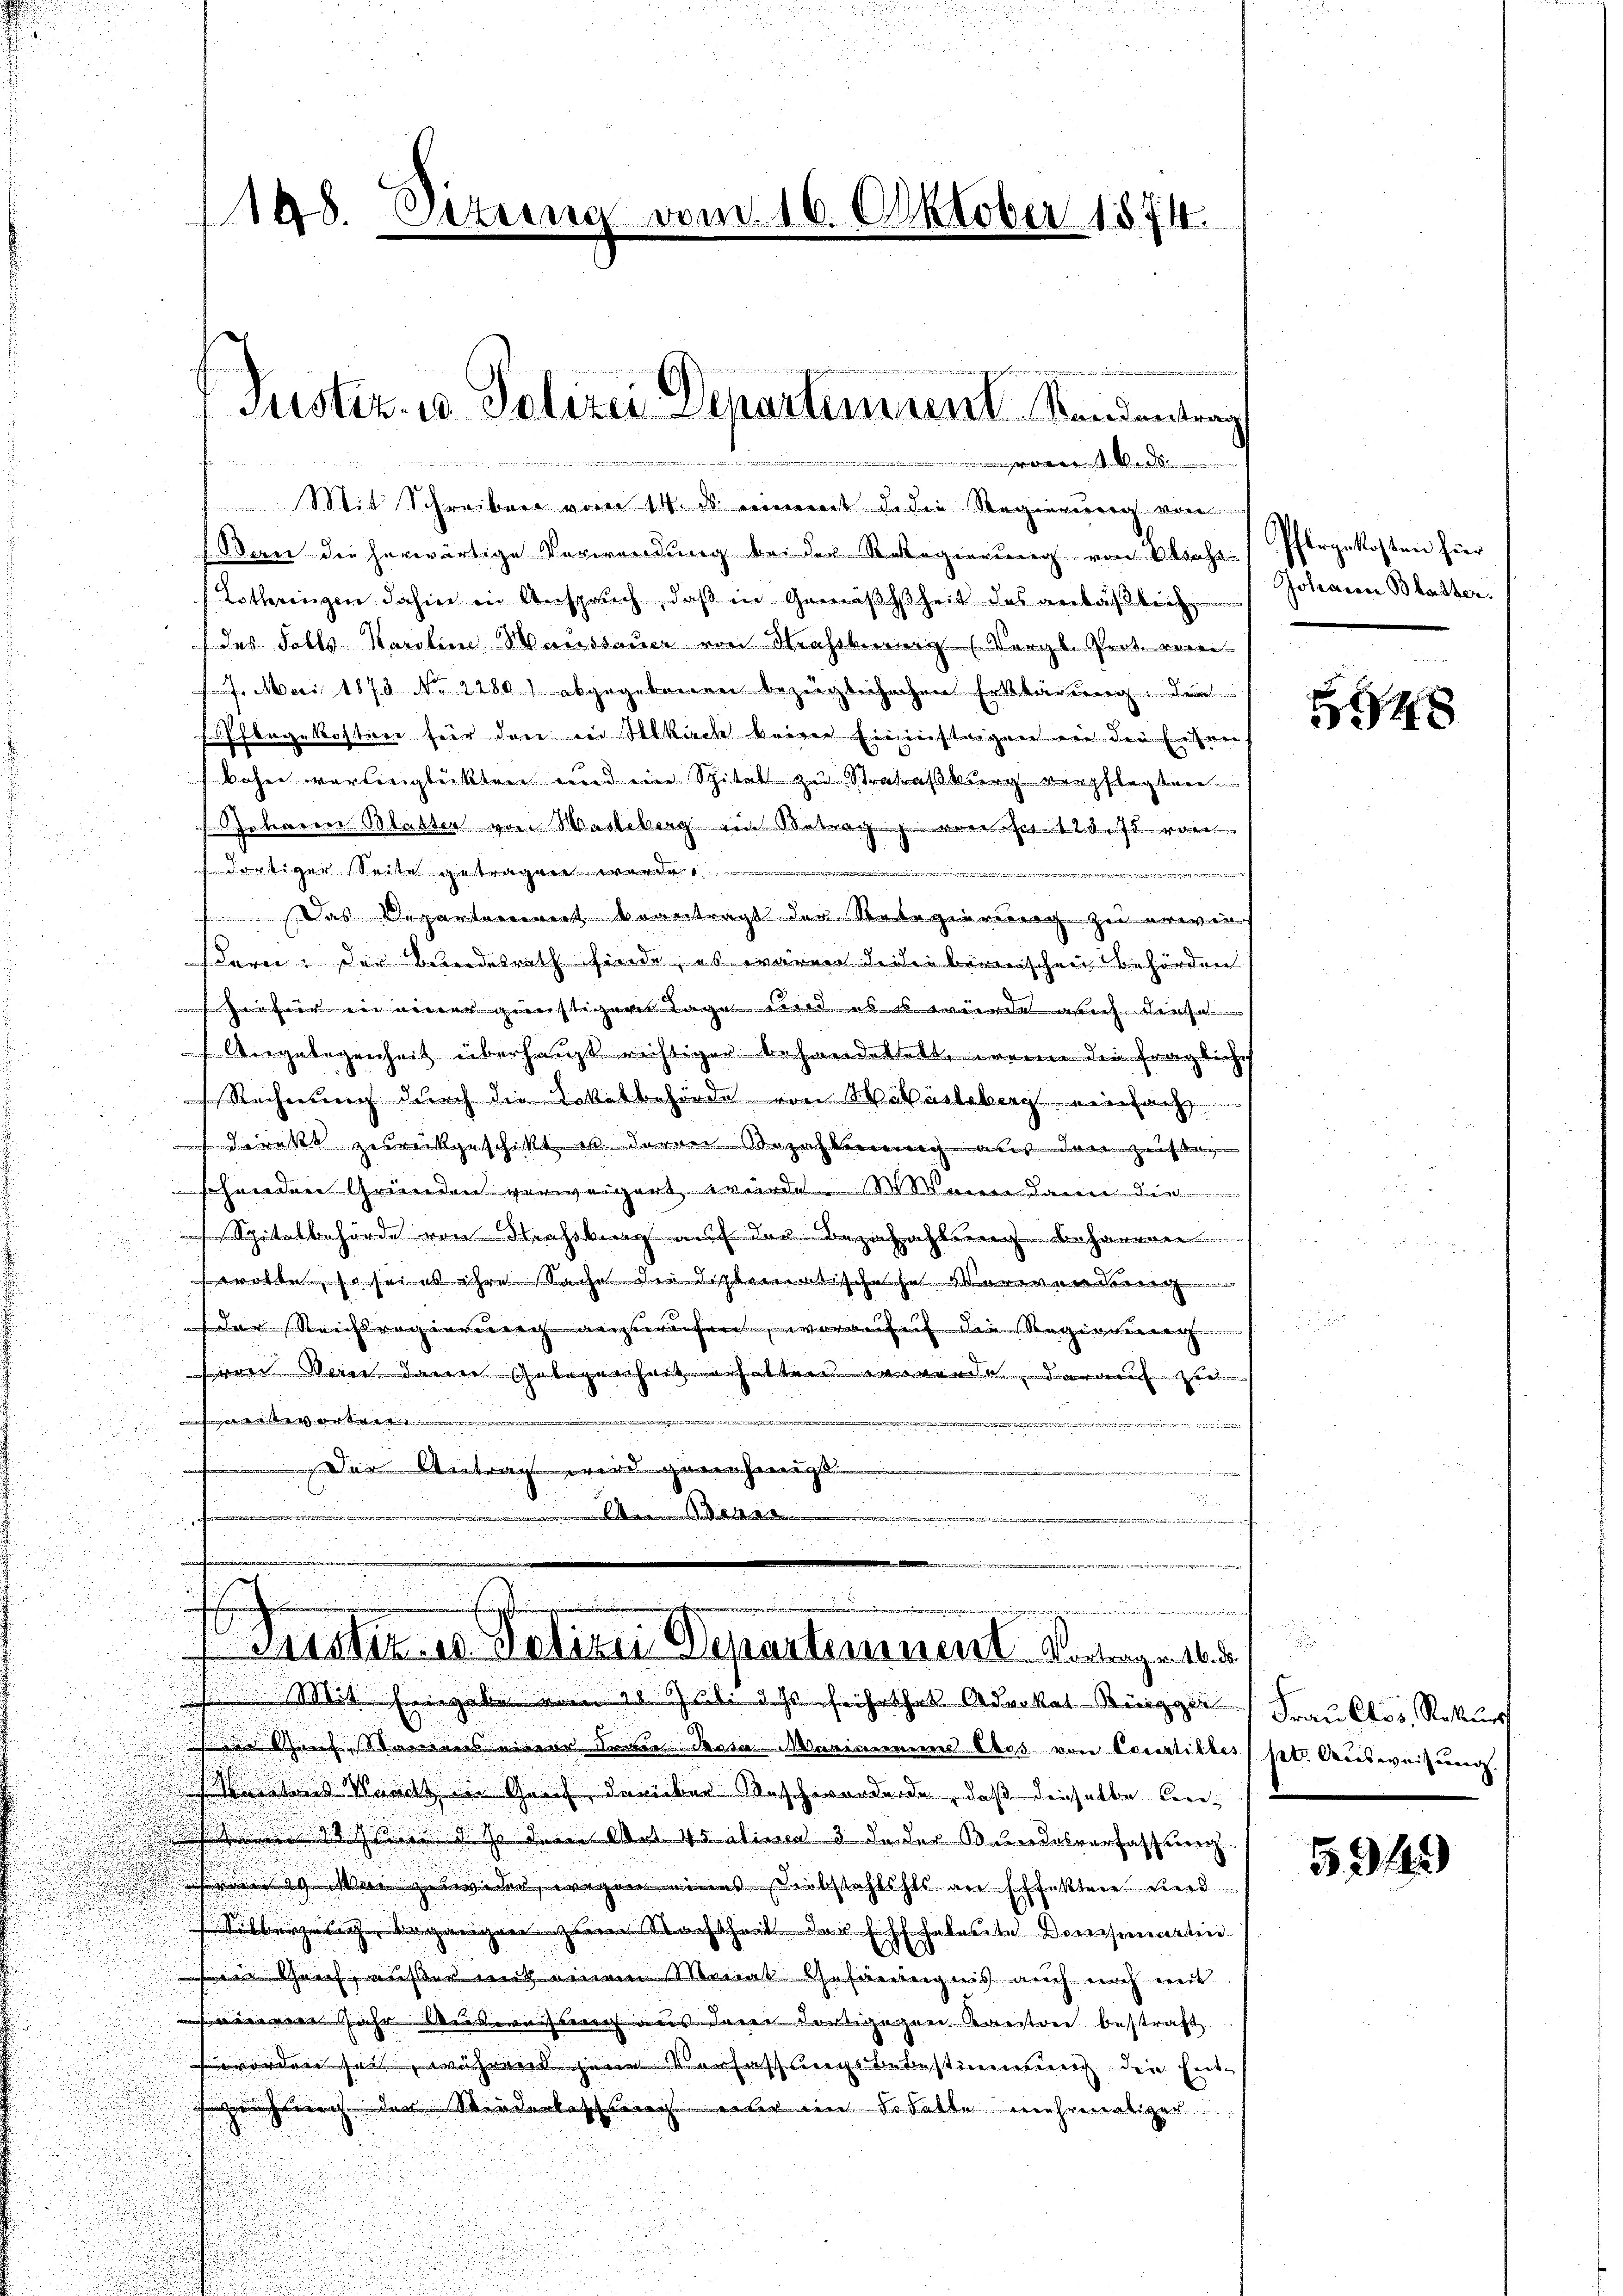
148. Situ

Wan die herwärtige Verwendung bei der Regierung von Elsass
Lothringen dahin in Anspruch, daß in Gemäßheit des anläßlich
das Falls Karoline Marisauer von Hrassberier (Vergl. Prot. einen
17. Mai 1873 No 2280 / abgegebenen bezüglichachen Erklärung die
Pflegekosten für den in Skach keine Einmiesteigen ein die Eisens
bohne verlinglückten und ein Spital zu Strafraßburg verpflegten
nbaren Blatter von Wartberg ein Betrag von so. 125. Js. von
dortiger Seite gestragen worde
f
 Das Departerient beantragt der Relegierung zu erwiestern. Der Bundesrath finde, es waren Lidie bernischen Behörden
ei für ein einer günstiger Tage und es s wurde auch diese
Angelegenheit überhauptrichtiger behandestett, wenn die fragliche
Rechnung durch die Lokalbehörde von Wäberleberg einfach
sdirekt zurückgeschikt es deren Bezahlung aus der Zeisten
schenden Gründen verweigert wurde. Mann dann die
Spitalbehörde von Strassburg auf den Bezahzahlung beharren
evatte, so sei es ihre Sache die distematischese Verwendung
dar Reisregengangerechen, worauf die Regie
hrrei Marie dann Gelegenheit verhalten erwende darauf zu
M an die

Der Antrag wird genehmigt.

A. Benac
e
.

m 16. Oktober 1874.

e

Justiz- u Polizei Departement Standentrag
.
Mit Schreiben vom 14. ds eineit de die Regierung von

e
Justiz in Polizei Departement. Vortrage 1

Mit Eingabe einen 28. Juli dass führt hat Advokat Ringger Frau Clos, Rekurs
Sine Graf Stammens einer Leuen Rosa Marianne blos von Courtilles ptr. Ausweisung.
Weitens Waadt in Greif, darüber Beschwordende, daß dieselbe Verudice d. J. dem Art. 45 abinen 3 Feder Bundesverfassung
feren 29. Mai zuwider, wegen eines Diebstahlechts an Effekten werd
gangen zum Nachtheit der Effheleute Domsartin
sein Greif, ausser mit einem Monat Gefängnis auch noch mit
iren Jahr entweisung aus derer dortigogen Kantone bestraft
 worden sei, während sine Verfassungsbebestimmung der Ent¬
Geich nach der Wiederkeschlag nur in der Falle mehrenadigen

Pfergekosten hier
Johanner Blatter.

248

5949)